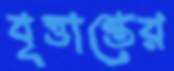
বৃত্তান্তের